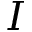
I